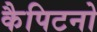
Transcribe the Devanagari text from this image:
कैपिटनो